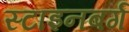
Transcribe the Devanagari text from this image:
स्टाइनबर्ग